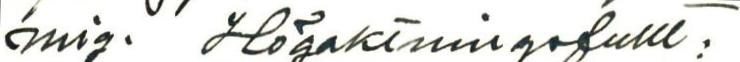
mig. Högaktningsfullt: